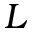
L